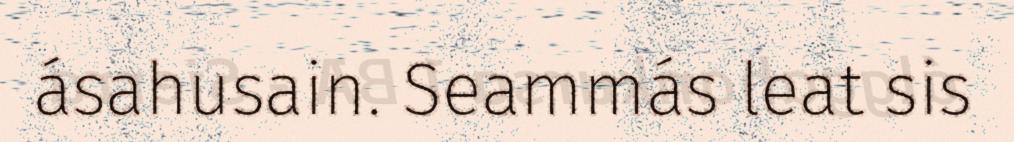
ásahusain. Seammás leat sis